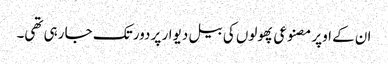
ان کے اوپر مصنوعی پھولوں کی بیل دیوار پر دور تک جا رہی تھی۔